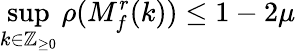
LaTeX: \operatorname*{sup}_{k\in\mathbb{Z}_{\geq 0}}\rho(M_{f}^{r}(k))\leq 1-2\mu